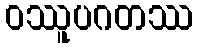
ဝဿူပဂတဿ